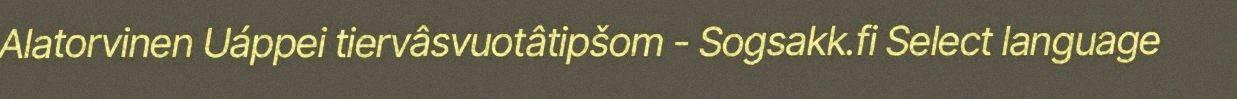
Alatorvinen Uáppei tiervâsvuotâtipšom - Sogsakk.fi Select language